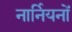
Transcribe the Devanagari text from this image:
नार्नियनों